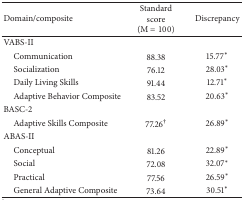
<table><thead><tr><td><b>Domain/composite </b></td><td><b>Standard score (M = 100) </b></td><td><b>Discrepancy </b></td></tr></thead><tbody><tr><td>VABS-II </td><td> </td><td> </td></tr><tr><td> Communication </td><td>88.38 </td><td>15.77*</td></tr><tr><td> Socialization </td><td>76.12 </td><td>28.03*</td></tr><tr><td> Daily Living Skills </td><td>91.44 </td><td>12.71*</td></tr><tr><td> Adaptive Behavior Composite </td><td>83.52 </td><td>20.63*</td></tr><tr><td>BASC-2 </td><td> </td><td> </td></tr><tr><td> Adaptive Skills Composite </td><td>77.26<sup>†</sup></td><td>26.89*</td></tr><tr><td>ABAS-II </td><td> </td><td> </td></tr><tr><td> Conceptual </td><td>81.26 </td><td>22.89*</td></tr><tr><td> Social </td><td>72.08 </td><td>32.07*</td></tr><tr><td> Practical </td><td>77.56 </td><td>26.59*</td></tr><tr><td> General Adaptive Composite </td><td>73.64 </td><td>30.51*</td></tr></tbody></table>